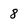
Character: 8